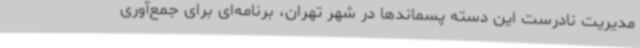
مدیریت نادرست این دسته پسماندها در شهر تهران، برنامه‌ای برای جمع‌آوری